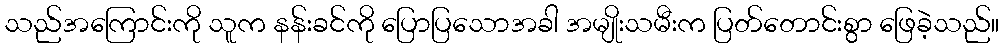
သည်အကြောင်းကို သူက နန်းခင်ကို ပြောပြသောအခါ အမျိုးသမီးက ပြတ်တောင်းစွာ ဖြေခဲ့သည်။